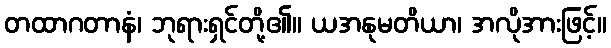
တထာဂတာနံ၊ ဘုရားရှင်တို့၏။ ယအနုမတိယာ၊ အလိုအားဖြင့်။